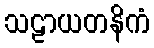
သဠာယတနိကံ